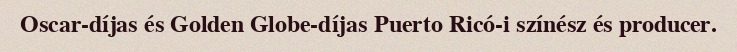
Oscar-díjas és Golden Globe-díjas Puerto Ricó-i színész és producer.